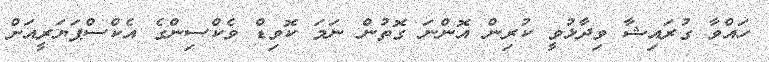
ހައްވާ ގުރައިޝާ ވިދާޅުވީ ކުރިން އޮންނަ ގޮތުން ނަމަ ކޮވިޑް ވެކްސިންގެ އެކްސްޕަޔަރީއަށް